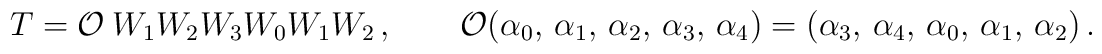
T={\cal O} ~W_1W_2W_3W_0W_1W_2\,,\qquad    {\cal O}(\alpha_{0},\,\alpha_{1},    \,\alpha_{2},\,\alpha_{3},\,\alpha_{4})    = (\alpha_{3},\, \alpha_{4},\,\alpha_{0},    \,\alpha_{1},\,\alpha_{2})\,.